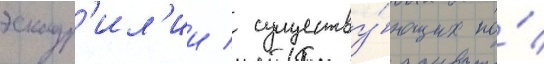
эскадр'ил'ии / существу́ющих по́